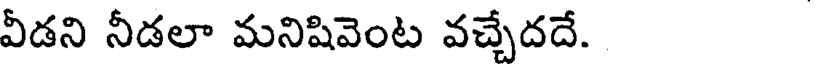
వీడని నీడలా మనిషివెంట వచ్చేదదే.